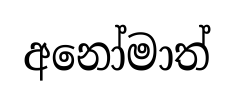
අනෝමාත්